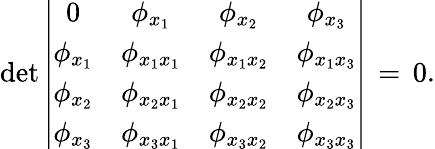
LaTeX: \operatorname*{d\mathrm{e}t}\left|\begin{array}{cccc}{{0}}&{{\phi_{x_{1}}}}&{{\phi_{x_{2}}}}&{{\phi_{x_{3}}}}\\ {{\phi_{x_{1}}}}&{{\phi_{x_{1}x_{1}}}}&{{\phi_{x_{1}x_{2}}}}&{{\phi_{x_{1}x_{3}}}}\\ {{\phi_{x_{2}}}}&{{\phi_{x_{2}x_{1}}}}&{{\phi_{x_{2}x_{2}}}}&{{\phi_{x_{2}x_{3}}}}\\ {{\phi_{x_{3}}}}&{{\phi_{x_{3}x_{1}}}}&{{\phi_{x_{3}x_{2}}}}&{{\phi_{x_{3}x_{3}}}}\end{array}\right|\, =\, 0.